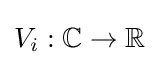
V_{i}:\mathbb {C} \to \mathbb {R}